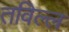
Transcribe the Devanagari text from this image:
तविल्ल